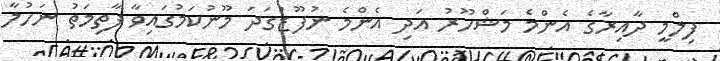
ފިލްމީ ދާއިރާގެ އެންމެ މަޝްހޫރު އަދި އެންމެ ނުފޫޒުގަދަ މޫނުކަމުގައިވާ ފާތިމަތު ނަހުލާ